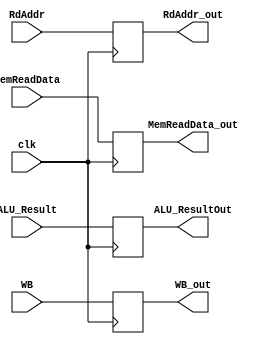
module MEMWB(clk, WB, ALU_Result, MemReadData, RdAddr, WB_out, ALU_ResultOut, MemReadData_out, RdAddr_out);
	input clk;
	input[1:0] WB;
	input[31:0] ALU_Result, MemReadData;
	input[4:0] RdAddr;
	output reg[1:0] WB_out = 0;
	output reg[31:0] ALU_ResultOut = 0, MemReadData_out = 0;
	output reg[4:0] RdAddr_out = 0;
	always@(posedge clk)begin
		WB_out = WB;
		ALU_ResultOut = ALU_Result;
		MemReadData_out = MemReadData;
		RdAddr_out = RdAddr;
	end
endmodule